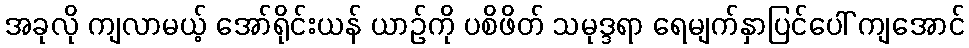
အခုလို ကျလာမယ့် အော်ရိုင်းယန် ယာဉ်ကို ပစိဖိတ် သမုဒ္ဒရာ ရေမျက်နှာပြင်ပေါ် ကျအောင်